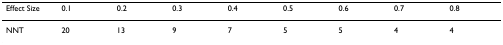
<table><thead><tr><td><b>Effect Size</b></td><td><b>0.1</b></td><td><b>0.2</b></td><td><b>0.3</b></td><td><b>0.4</b></td><td><b>0.5</b></td><td><b>0.6</b></td><td><b>0.7</b></td><td><b>0.8</b></td></tr></thead><tbody><tr><td>NNT</td><td>20</td><td>13</td><td>9</td><td>7</td><td>5</td><td>5</td><td>4</td><td>4</td></tr></tbody></table>